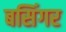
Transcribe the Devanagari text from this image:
बसिंगर